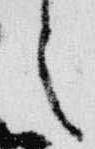
之